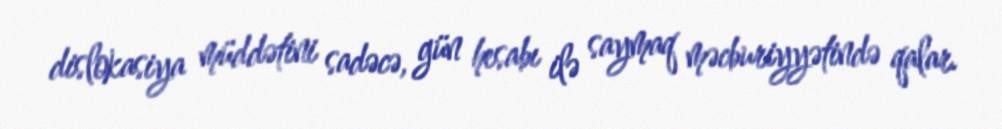
dislokasiya müddətini sadəcə, gün hesabı ilə saymaq məcburiyyətində qalar.